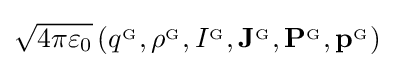
{\sqrt {4\pi \varepsilon _{0}}}\left(q^{_{\mathrm {G} }},\rho ^{_{\mathrm {G} }},I^{_{\mathrm {G} }},\mathbf {J} ^{_{\mathrm {G} }},\mathbf {P} ^{_{\mathrm {G} }},\mathbf {p} ^{_{\mathrm {G} }}\right)